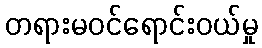
တရားမဝင်ရောင်းဝယ်မှု